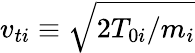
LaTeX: v_{ti}\equiv\sqrt{2T_{0i}/m_{i}}